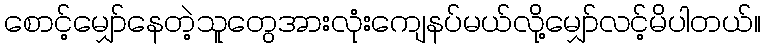
စောင့်မျှော်နေတဲ့သူတွေအားလုံးကျေနပ်မယ်လို့မျှော်လင့်မိပါတယ်။